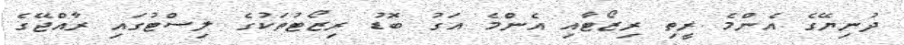
ދުނިޔޭގެ އެންމެ ރީތި ރިޒޯޓާއި އެންމެ އަގު ބޮޑު ރިޒޯޓުތަކުގެ ލިސްޓުގައި ރާއްޖޭގެ